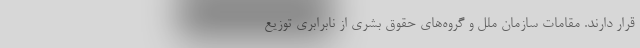
قرار دارند. مقامات سازمان ملل و گروه‌های حقوق بشری از نابرابری توزیع